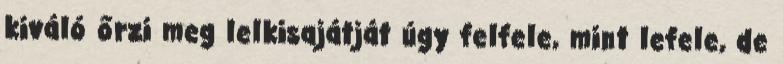
kiváló őrzi meg lelkisajátját úgy felfele, mint lefele, de